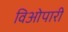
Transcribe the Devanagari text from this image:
विओपारी